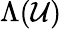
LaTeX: \Lambda(\mathcal{U})